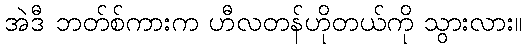
အဲဒီ ဘတ်စ်ကားက ဟီလတန်ဟိုတယ်ကို သွားလား။